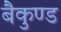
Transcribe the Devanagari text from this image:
बैकुण्ड